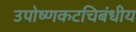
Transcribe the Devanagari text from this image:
उपोष्णकटचिबंधीय